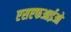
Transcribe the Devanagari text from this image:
एसएफआईओ